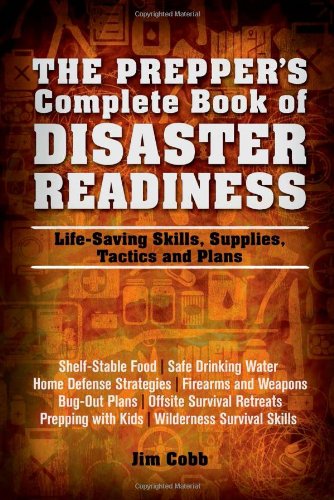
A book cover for The Prepper's Complete Book of Disaster Readiness: Life-Saving Skills, Supplies, Tactics and Plans; Jim Cobb; Politics & Social Sciences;